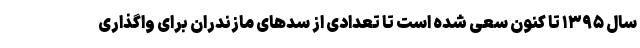
سال ۱۳۹۵ تا کنون سعی شده است تا تعدادی از سدهای مازندران برای واگذاری